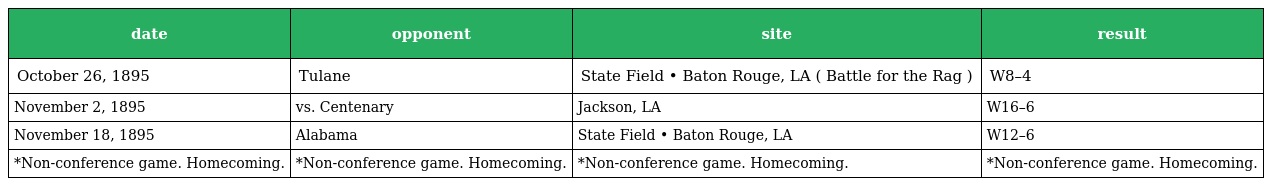
| date | opponent | site | result |
 | --- | --- | --- | --- |
 | October 26, 1895 | Tulane | State Field • Baton Rouge, LA ( Battle for the Rag ) | W8–4 |
 | November 2, 1895 | vs. Centenary | Jackson, LA | W16–6 |
 | November 18, 1895 | Alabama | State Field • Baton Rouge, LA | W12–6 |
 | *Non-conference game. Homecoming. | *Non-conference game. Homecoming. | *Non-conference game. Homecoming. | *Non-conference game. Homecoming. |